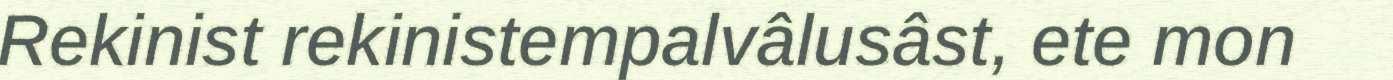
Rekinist rekinistempalvâlusâst, ete mon